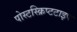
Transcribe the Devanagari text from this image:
पोस्टस्क्रिप्टटाइप